Leaving Certificate Examination, 1915
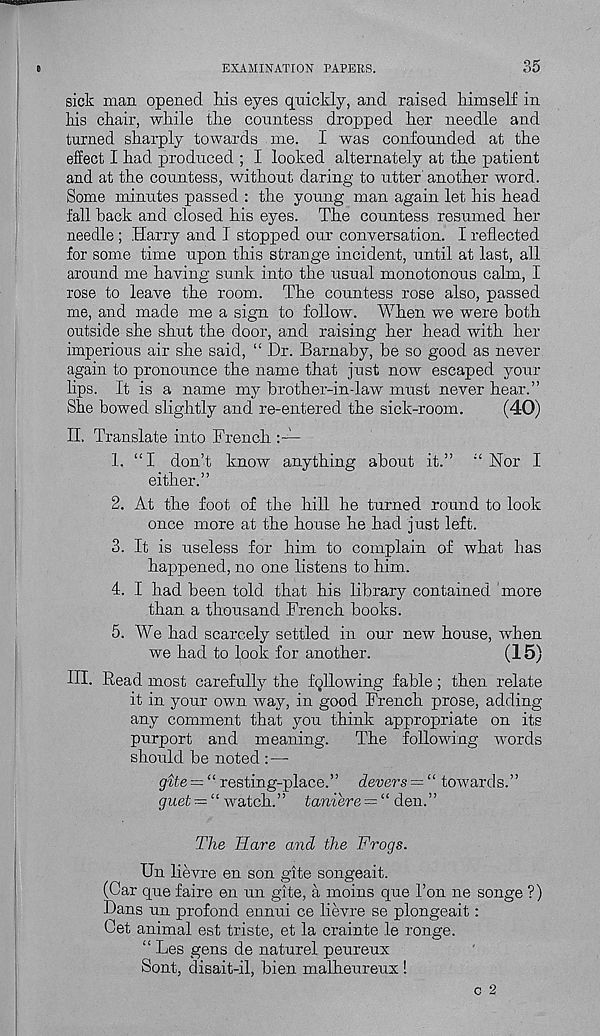
EXAMINATION PAPERS.
35
sick man opened his eyes quickly, and raised himself in
his chair, while the countess dropped her needle and
turned sharply towards me. I was confounded at the
effect I had produced ; I looked alternately at the patient
and at the countess, without daring to utter' another word.
Some minutes passed : the young man again let his head
fall hack and closed his eyes. The countess resumed her
needle ; Harry and I stopped our conversation. I reflected
for some time upon this strange incident, until at last, all
around me having sunk into the usual monotonous calm, I
rose to leave the room. The countess rose also, passed
me, and made me a sign to follow. When we were both
outside she shut the door, and raising her head with her
imperious air she said, “ Dr. Barnaby, be so good as never
again to pronounce the name that just now escaped your
lips. It is a name my brother-indaw must never hear.”
She bowed slightly and re-entered the sick-room.
(40)
II. Translate into French
1. “I don’t know anything about it.”
Nor I
either.”
2. At the foot of the hill he turned round to look
once more at the house he had just left.
3. It is useless for him to complain of what has
happened, no one listens to him.
4. I had been told that his library contained more
than a thousand French books.
5. We had scarcely settled in our new house, when
we had to look for another.
(15)
HI. Read most carefully the fallowing fable; then relate
it in your own way, in good French prose, adding
any comment that you think appropriate on its
purport and meaning.
The following words
should be noted : —
= u resting-place.” devers = “ towards.”
guet = “ watch.” taniere — “ den.”
The Hare and the Frogs.
Un lievre en son gite songeait.
(Car que faire en un gite, a moins que Ton ne songe ?)
Dans un profond ennui ce lievre se plongeait:
Get animal est triste, et la crainte le ronge.
“ Les gens de naturel peureux
Sont, disait-il, bien malheureux !